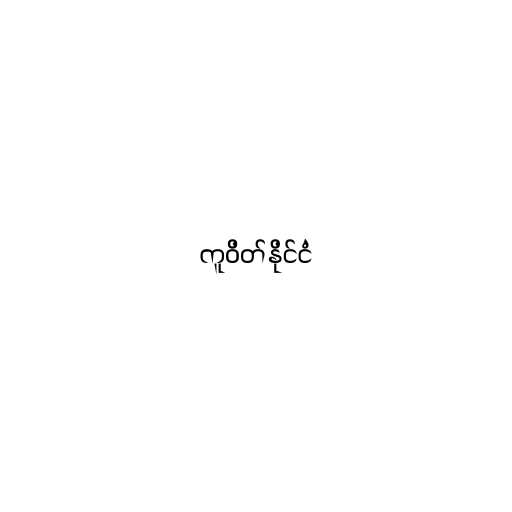
ကူဝိတ်နိုင်ငံ